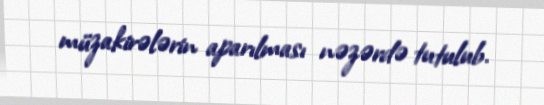
müzakirələrin aparılması nəzərdə tutulub.